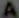
A